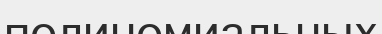
полиномиальных